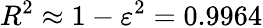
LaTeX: R^{2}\approx 1-\varepsilon^{2}=0.9964